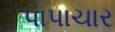
પાપાચાર